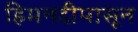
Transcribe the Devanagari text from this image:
हिमनदीपासून